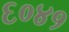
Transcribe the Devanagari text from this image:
६०४१